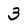
Character: 3